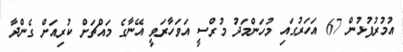
އުމުރުފުޅުން 67 އަހަރުގައި މުހަންމަދު މުރްސީ އަވަހާރަވީ އޭނާގެ މައްޗަށް ކުރިއަށް ގެންދާ